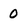
Character: 0